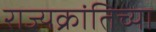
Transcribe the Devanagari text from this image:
राज्यक्रांतिच्या